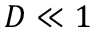
D \ll 1